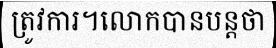
ត្រូវការ។លោកបានបន្តថា